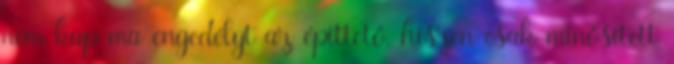
nem kap ma engedélyt az építtető, hiszen csak minősített